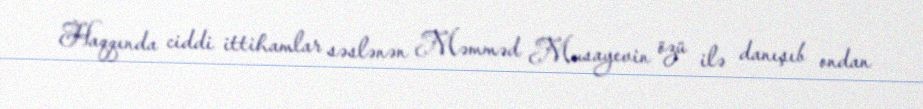
Haqqında ciddi ittihamlar səslənən Məmməd Musayevin özü ilə danışıb ondan